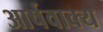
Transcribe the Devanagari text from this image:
आर्षवाक्य